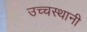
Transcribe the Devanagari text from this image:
उच्चस्थानी